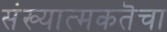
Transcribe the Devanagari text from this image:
संख्यात्मकतॆचा